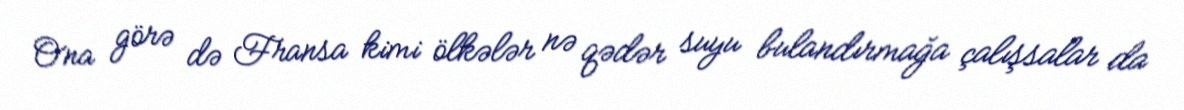
Ona görə də Fransa kimi ölkələr nə qədər suyu bulandırmağa çalışsalar da